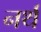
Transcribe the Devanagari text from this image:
नर्थ